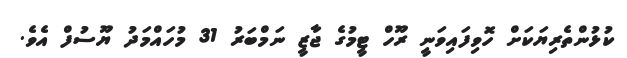
ކުޅުންތެރިޔަކަށް ހޮވިފައިވަނީ ރޫހް ޓީމުގެ ޖާޒީ ނަމްބަރު 31 މުހައްމަދު ޔޫސުފް އެވެ.